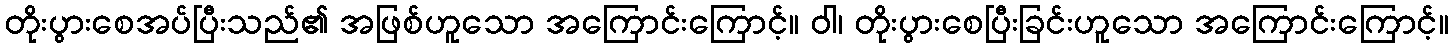
တိုးပွားစေအပ်ပြီးသည်၏ အဖြစ်ဟူသော အကြောင်းကြောင့်။ ဝါ၊ တိုးပွားစေပြီးခြင်းဟူသော အကြောင်းကြောင့်။